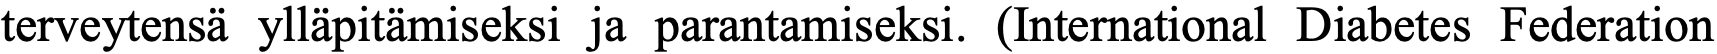
terveytensä ylläpitämiseksi ja parantamiseksi. (International Diabetes Federation